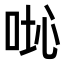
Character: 𠴤